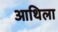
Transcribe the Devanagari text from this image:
आथिला